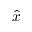
\hat { x }